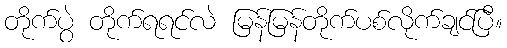
တိုက်ပွဲ တိုက်ရရင်လဲ မြန်မြန်တိုက်ပစ်လိုက်ချင်ပြီ။